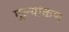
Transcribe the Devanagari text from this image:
मूल्यांकण